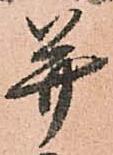
幷